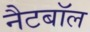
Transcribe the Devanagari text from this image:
नैटबॉल